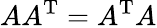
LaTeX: AA^{\mathrm{T}}=A^{\mathrm{T}}A